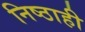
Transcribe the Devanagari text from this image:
निष्ठाही